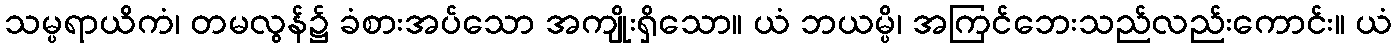
သမ္ပရာယိကံ၊ တမလွန်၌ ခံစားအပ်သော အကျိုးရှိသော။ ယံ ဘယမ္ပိ၊ အကြင်ဘေးသည်လည်းကောင်း။ ယံ